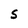
Character: S